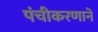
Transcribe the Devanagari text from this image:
पंचीकरणानें